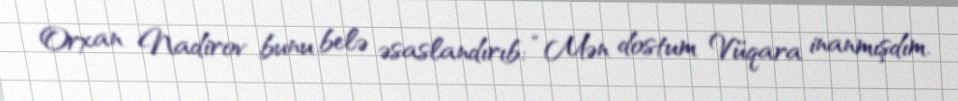
Orxan Nadirov bunu belə əsaslandırıb: “Mən dostum Vüqara inanmışdım.